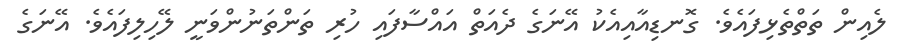
ލެއިން ތަތްތެޅިފައެވެ. ގޮނޑިއާއިއެކު އޭނަގެ ދެއަތް އައްސާފައި ހުރި ތަންތަނުންވަނީ ލޭހިލިފައެވެ. އޭނަގެ